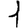
Digit: 1